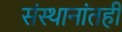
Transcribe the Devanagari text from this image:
संस्थानांतही